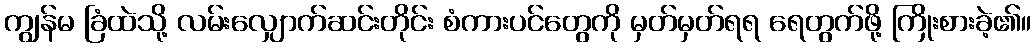
ကျွန်မ ခြံထဲသို့ လမ်းလျှောက်ဆင်းတိုင်း စံကားပင်တွေကို မှတ်မှတ်ရရ ရေတွက်ဖို့ ကြိုးစားခဲ့၏။